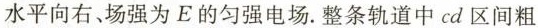
水平向右、场强为E的匀强电场。整条轨道中cd区间粗